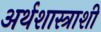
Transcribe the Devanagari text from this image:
अर्थशास्त्राशी